Kures,_Voldemar, lk 29
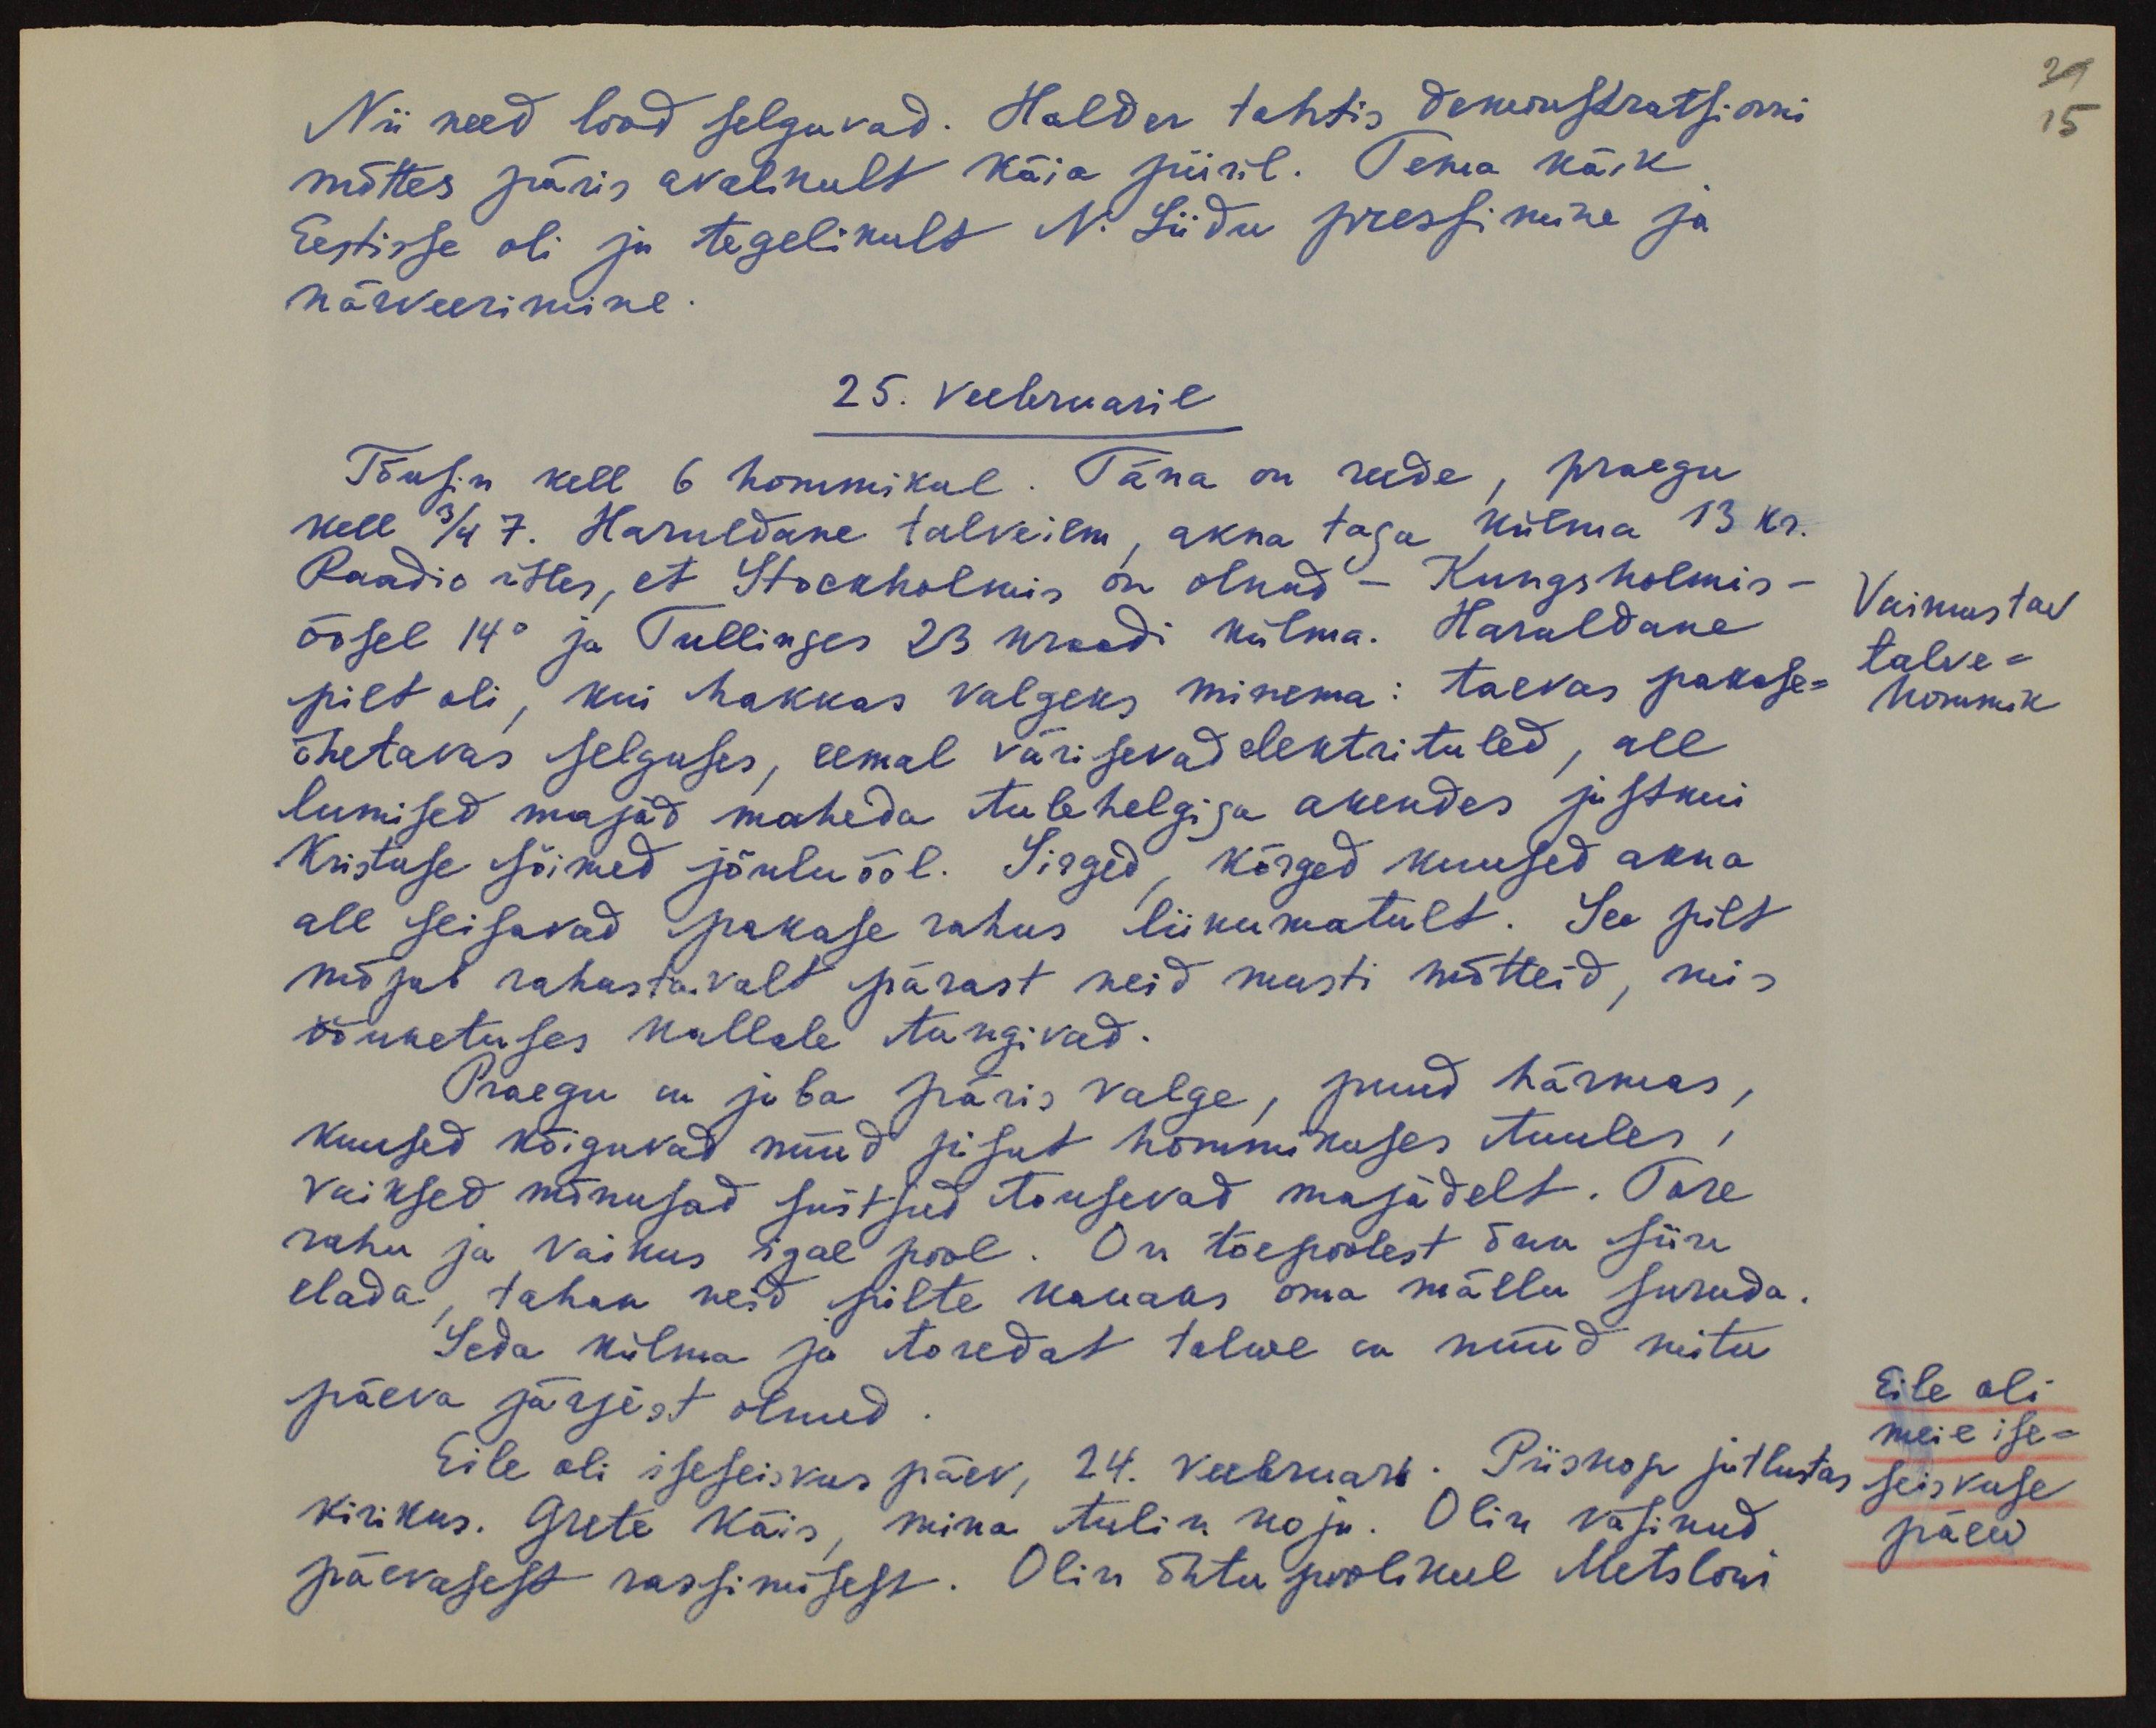
Nii need lood selguvad. Halder tahtis demonstratsiooni
mõttes päris avalikult käia piiril. Tema käik
Eestisse oli ju tegelikult N. Liidu pressimine ja
närveerimine.
25. veebruaril
Tõusin kell 6 hommikul. Täna on reede, praegu
kell 3/4 7. Haruldane talveilm, akna taga külma 13 kr.
Raadio ütles, et Stockholmis on olnud - Kungsholmis-
öösel 14° ja Tullinges 23 kraadi külma. Haruldane
pilt oli, kui hakkas valgeks minema: taevas pakase-
õhetavas selguses, eemal värisevad elektrituled, all
lumised majad maheda tulehelgiga akendes justkui
Kristuse sõimed jõuluööl. Sirged, kõrged kuused akna
all seisavad pakase rahus liikumatult. See pilt
mõjub rahustavalt pärast neid musti mõtteid, mis
ööunetuses kallale tungivad.
Praegu on juba päris valge, puud härmas,
kuused kõiguvad nüüd pisut hommikuses tuules,
vaiksed mõnusad suitsud tõusevad majadelt. Tore
rahu ja vaikus igal pool. On tõepoolest õnn siin
elada, tahan neid pilte kauaks oma mällu suruda.
Seda külma ja toredat talwe on nüüd mitu
päeva järjest olnud
Eile oli iseseisvus päev, 24. veebruar. Piiskop jutlustas
kirikus. Grete käis, mina tulin koju. Olin väsinud
päevasest rassimisest. Olin õhtu poolikul Metslowi

29
15
Vaimustav
talve-
hommik
Eile oli
meil ise-
seisvuse
päew